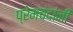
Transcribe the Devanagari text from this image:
प्रेमचंदांनी